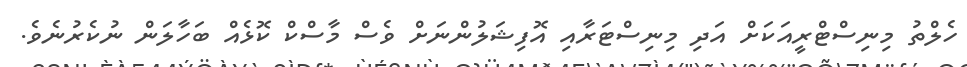
ހެލްތު މިނިސްޓްރީއަކަށް އަދި މިނިސްޓަރާއި އޮފިޝަލުންނަށް ވެސް މާސްކް ކޮޅެއް ބަހާލަން ނުކެރުނެވެ.